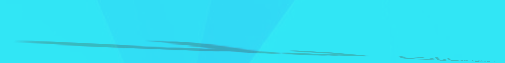
تأجير السيارات: سيارات حد